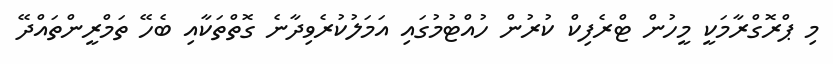
މި ޕްރޮގްރާމަކީ މީހުން ޓްރެފިކް ކުރުން ހުއްޓުމުގައި އަމަލުކުރެވިދާނެ ގޮތްތަކާއި ބެހޭ ތަމްރީންތައްދޭ